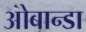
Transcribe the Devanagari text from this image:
ओबान्डा